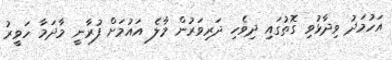
އަހުމަދު ވިދާޅުވި ގޮތުގައި ދިވެހި ދަރިވަރުން މާލެ އައުމަށް ފުރާނީ މާދަމާ ހަވީރު